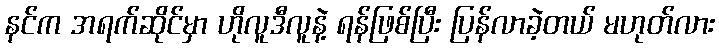
နင်က အရက်ဆိုင်မှာ ဟိုလူဒီလူနဲ့ ရန်ဖြစ်ပြီး ပြန်လာခဲ့တယ် မဟုတ်လား